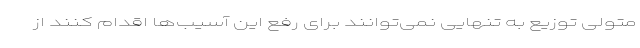
متولی توزیع به تنهایی نمی‌توانند برای رفع این آسیب‌ها اقدام کنند از